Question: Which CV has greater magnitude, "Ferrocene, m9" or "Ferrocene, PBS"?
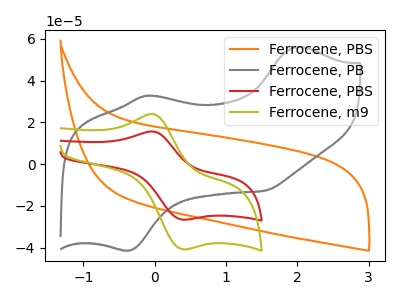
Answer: <think>The orange curve "Ferrocene, PBS" has no peaks. The gray curve "Ferrocene, PB" has anodic peaks at (2.00V, 56.15uA) (-0.10V, 32.85uA) and cathodic peaks at (-0.35V, -41.35uA) (1.55V, -12.70uA). The red curve "Ferrocene, PBS" has an anodic peak at (-0.05V, 15.65uA) and a cathodic peak at (0.40V, -26.60uA). The olive curve "Ferrocene, m9" has an anodic peak at (-0.05V, 24.00uA) and a cathodic peak at (0.40V, -40.80uA).
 All the peaks in "Ferrocene, m9" have a peak in "Ferrocene, PBS" at the same potential. Every peak in "Ferrocene, m9" is higher than every peak in "Ferrocene, PBS".</think>
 <answer>"Ferrocene, m9" has more signal than "Ferrocene, PBS".</answer>
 <eval>more_signal</eval>